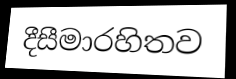
දීසීමාරහිතව